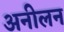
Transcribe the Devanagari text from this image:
अनीलन